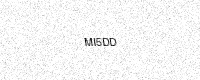
Text: MI5DD